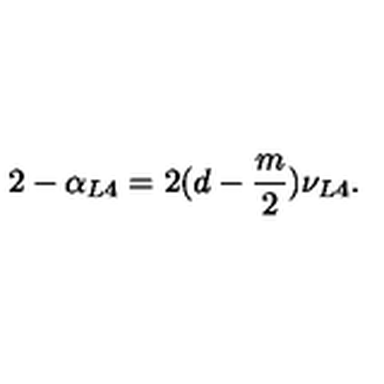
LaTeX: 2 - \alpha _ { L 4 } = 2 ( d - \frac { m } { 2 } ) \nu _ { L 4 } .